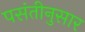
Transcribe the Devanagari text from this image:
पसंतीनुसार